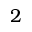
2